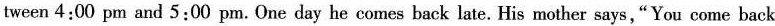
tween 4:00 pm and 5:00 pm. One day he comes back late. His mother says,"You come back